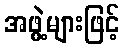
အဖွဲ့များဖြင့်